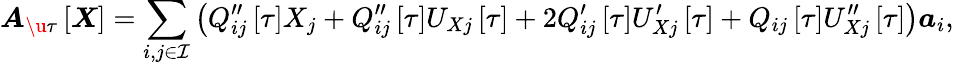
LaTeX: \boldsymbol{A}_{\u{\tau}}\left[\boldsymbol{X}\right]=\sum_{i,j\in\mathcal{I}}\left(Q_{ij}^{\prime\prime}\left[\tau\right]X_{j}+Q_{ij}^{\prime\prime}\left[\tau\right]U_{Xj}\left[\tau\right]+2Q_{ij}^{\prime}\left[\tau\right]U_{Xj}^{\prime}\left[\tau\right]+Q_{ij}\left[\tau\right]U_{Xj}^{\prime\prime}\left[\tau\right]\right)\boldsymbol{a}_{i},